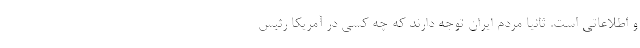
و اطلاعاتی است. ثانیا مردم ایران توجه دارند که چه کسی در آمریکا رئیس